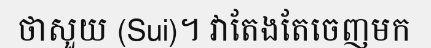
ថាសួយ (Sui)។ វាតែងតែចេញមក